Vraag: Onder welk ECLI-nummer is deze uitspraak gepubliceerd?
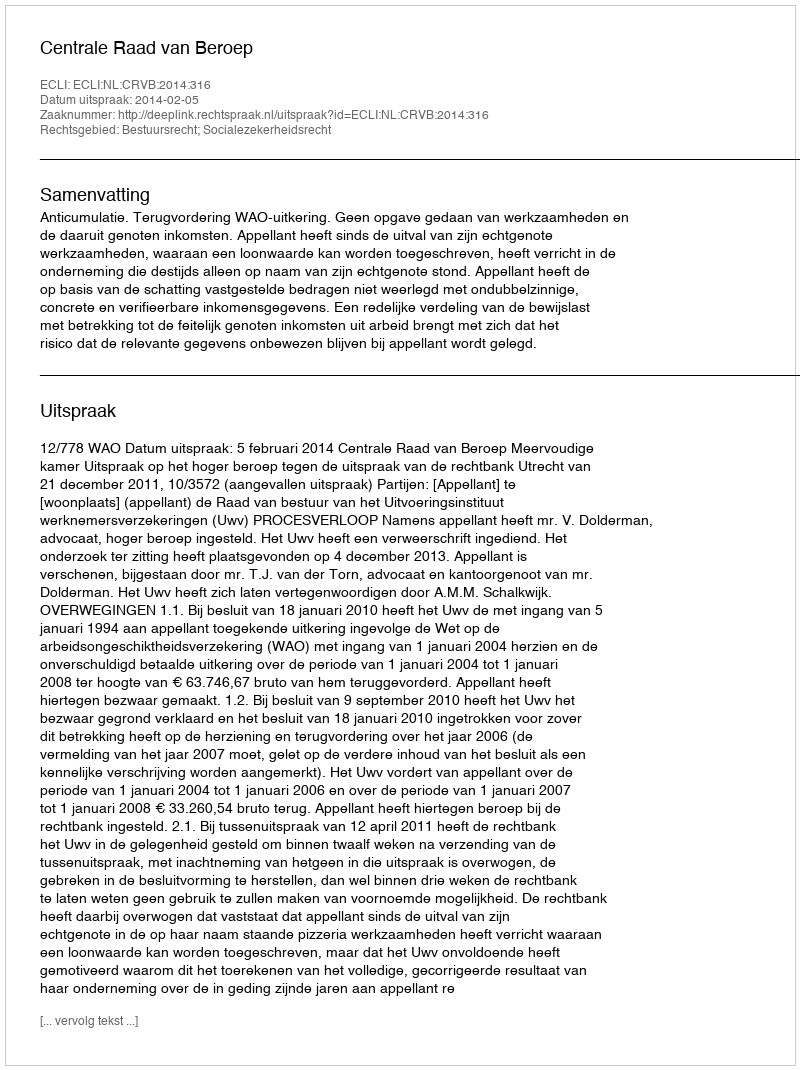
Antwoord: ECLI:NL:CRVB:2014:316